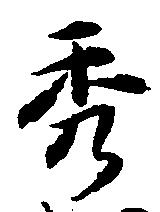
秀